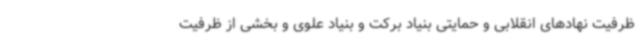
ظرفیت نهادهای انقلابی و حمایتی بنیاد برکت و بنیاد علوی و بخشی از ظرفیت